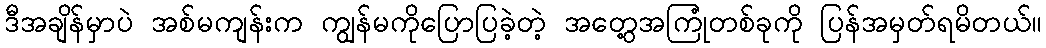
ဒီအချိန်မှာပဲ အစ်မကျန်းက ကျွန်မကိုပြောပြခဲ့တဲ့ အတွေ့အကြုံတစ်ခုကို ပြန်အမှတ်ရမိတယ်။